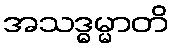
အသဒ္ဓမ္မာတိ